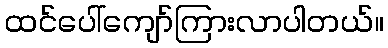
ထင်ပေါ်ကျော်ကြားလာပါတယ်။